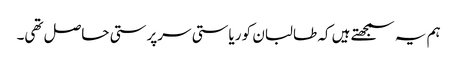
ہم یہ سمجھتے ہیں کہ طالبان کو ریاستی سرپرستی حاصل تھی۔